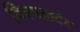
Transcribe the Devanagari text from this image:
विशाळदेव